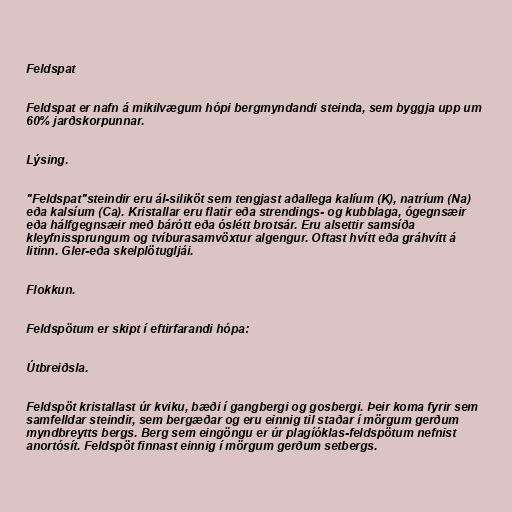
Feldspat

Feldspat er nafn á mikilvægum hópi bergmyndandi steinda, sem byggja upp um
60% jarðskorpunnar.

Lýsing.

"Feldspat"steindir eru ál-siliköt sem tengjast aðallega kalíum (K), natríum (Na)
eða kalsíum (Ca). Kristallar eru flatir eða strendings- og kubblaga, ógegnsæir
eða hálfgegnsæir með bárótt eða óslétt brotsár. Eru alsettir samsíða
kleyfnissprungum og tvíburasamvöxtur algengur. Oftast hvítt eða gráhvítt á
litinn. Gler-eða skelplötugljái.

Flokkun.

Feldspötum er skipt í eftirfarandi hópa:

Útbreiðsla.

Feldspöt kristallast úr kviku, bæði í gangbergi og gosbergi. Þeir koma fyrir sem
samfelldar steindir, sem bergæðar og eru einnig til staðar í mörgum gerðum
myndbreytts bergs. Berg sem eingöngu er úr plagíóklas-feldspötum nefnist
anortósít. Feldspöt finnast einnig í mörgum gerðum setbergs.